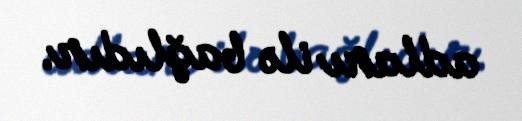
adları ilə bağlıdır.